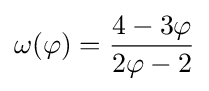
\omega (\varphi )={\frac {4-3\varphi }{2\varphi -2}}